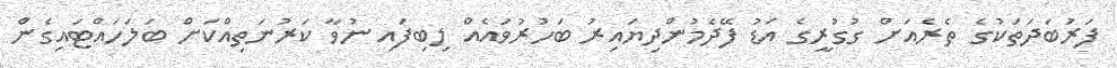
ފަރުބަދަތަކުގެ ތެރެއަށް ގުގުރީގެ އަޑު ފޭދެމުންދިޔައިރު ބަހުރުވައެއް ލިބިފައި ނުވާ ކަރުނަތިއްކަށް ބަލަހައްޓައިގެން